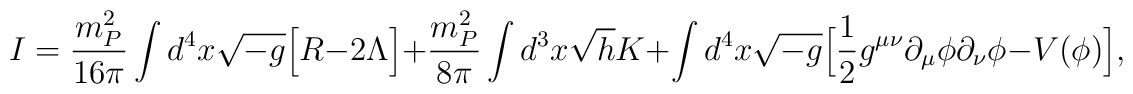
I = \frac{m_P^2}{16 \pi} \int d^4x \sqrt{-g} \Bigl[ R - 2 \Lambda\Bigr]  + \frac{m_P^2}{8 \pi} \int d^3x \sqrt{h} K + \int d^4x\sqrt{-g} \Bigl[\frac{1}{2} g^{\mu \nu}\partial_{\mu} \phi \partial_{\nu} \phi - V(\phi)  \Bigr],